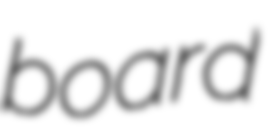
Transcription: board